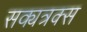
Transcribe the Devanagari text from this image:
सक्यत्रक्स